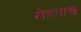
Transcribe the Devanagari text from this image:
रोहताश्व